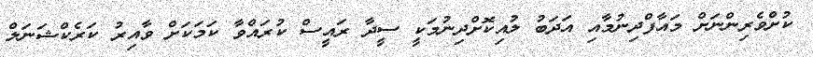
ކުށްވެރިންނަށް މައާފްދިނުމާއި އަދަބު ލުއިކޮށްދިނުމަކީ ސީދާ ރައީސް ކުރައްވާ ކަމަކަށް ވާއިރު ކަރެކްޝަނަލް